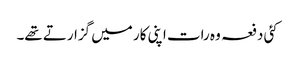
کئی دفعہ وہ رات اپنی کار میں گزارتے تھے۔